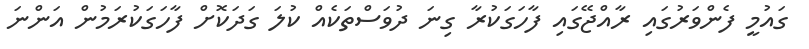
ގައުމީ ފެންވަރުގައި ރާއްޖޭގައި ފާހަގަކުރާ ގިނަ ދުވަސްތަކެއް ކުލަ ގަދަކޮށް ފާހަގަކުރަމުން އަންނަ